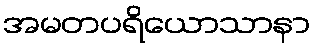
အမတပရိယောသာနာ